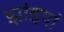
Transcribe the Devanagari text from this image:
झांइयां